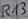
Text: R13